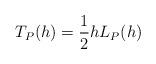
LaTeX: \begin{align*} \begin{aligned} T_P(h)=\frac{1}{2}hL_P(h) \end{aligned} \end{align*}